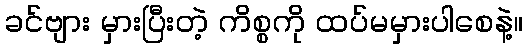
ခင်ဗျား မှားပြီးတဲ့ ကိစ္စကို ထပ်မမှားပါစေနဲ့။